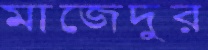
মাজেদুর